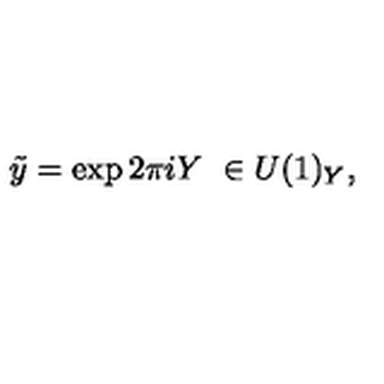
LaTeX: \tilde { y } = \exp 2 \pi i Y \ \in U ( 1 ) _ { Y } ,